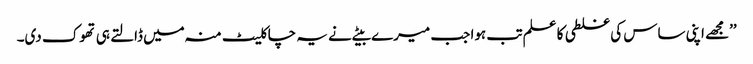
’’مجھے اپنی ساس کی غلطی کا علم تب ہوا جب میرے بیٹے نے یہ چاکلیٹ منہ میں ڈالتے ہی تھوک دی۔